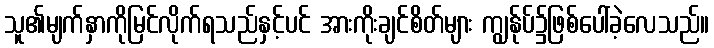
သူ၏မျက်နှာကိုမြင်လိုက်ရသည်နှင့်ပင် အားကိုးချင်စိတ်များ ကျွန်ုပ်၌ဖြစ်ပေါ်ခဲ့လေသည်။